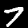
Label: 7